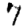
Digit: 7